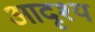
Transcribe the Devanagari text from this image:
आदृश्य